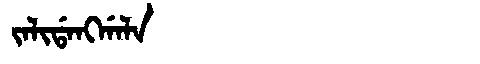
Manchu: ᠵᠠᠯᡳᡩᠠᠩᡤᠠᠯᠠ
Romanization: JALIDANGGALA